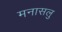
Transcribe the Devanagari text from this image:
मनासलु